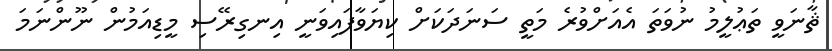
ޘާނަވީ ތަޢުލީމު ނުވަތަ އެއަށްވުރެ މަތީ ސަނަދަކަށް ކިޔަވާފައިވަނީ އިނގިރޭސި މީޑިއަމުން ނޫންނަމަ